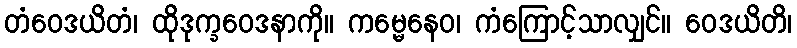
တံဝေဒယိတံ၊ ထိုဒုက္ခဝေဒနာကို။ ကမ္မေနေဝ၊ ကံကြောင့်သာလျှင်။ ဝေဒယိတိ၊